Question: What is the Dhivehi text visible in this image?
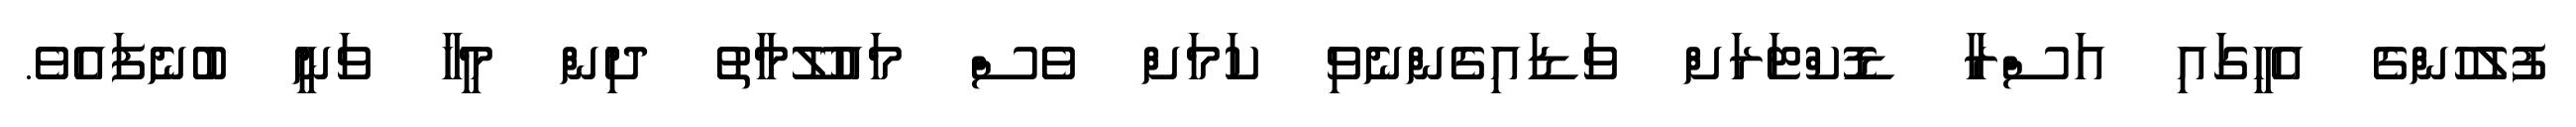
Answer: ފުލުހުންގެ އެހީގައި އަސްރާ ޑޮކްޓަރަށް ވަޑައިގެންނެވި ކަމަށް ވެސް މައުލޫމާތު ދިން މީހާ ވަނީ ބުނެފައެވެ.